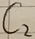
Text: C2